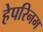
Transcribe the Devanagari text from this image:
हेपरिनम